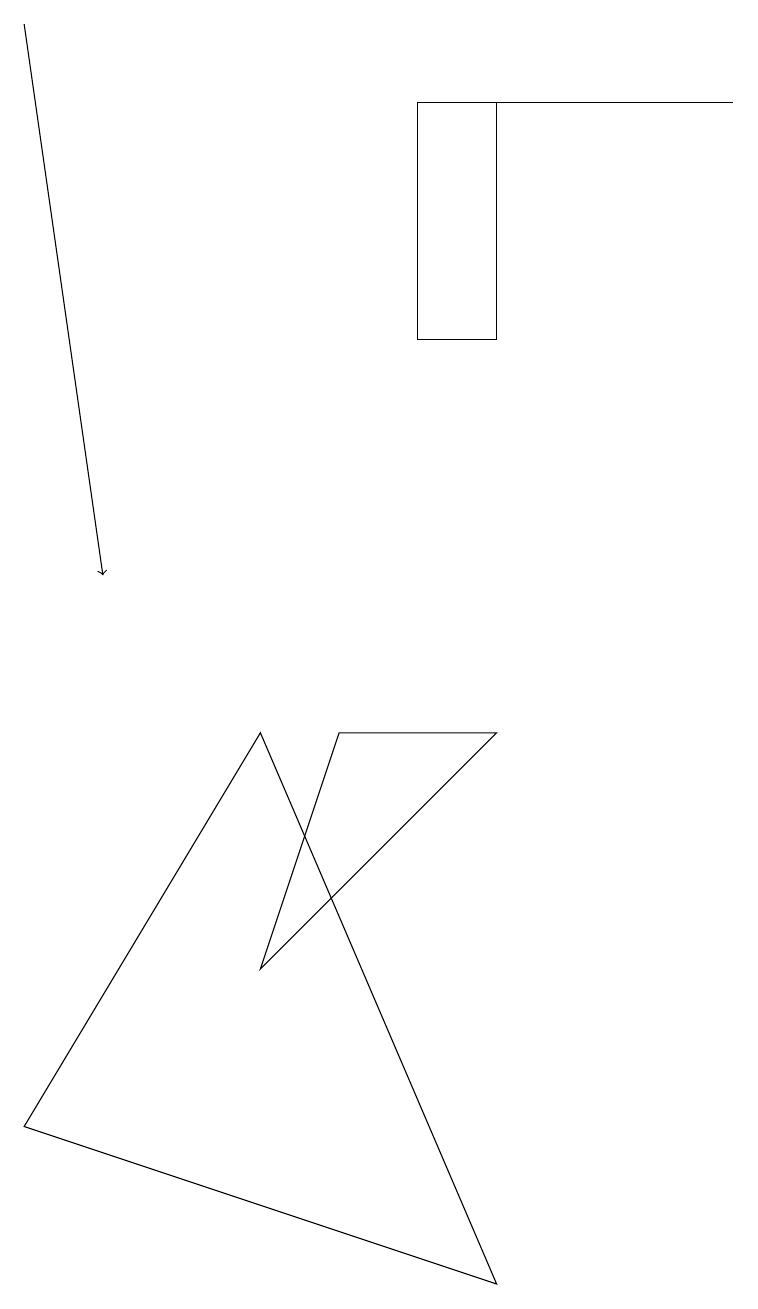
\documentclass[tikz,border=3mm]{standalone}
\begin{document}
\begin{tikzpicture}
\draw (0,4) -- (3,9) -- (6,2) -- cycle;
\draw (5,17) rectangle (6,14);
\draw (5,17) rectangle (9,17);
\draw (4,9) -- (3,6) -- (6,9) -- cycle;
\draw[->] (0,18) -- (1,11);
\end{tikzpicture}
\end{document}